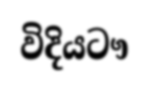
විදියටෟ